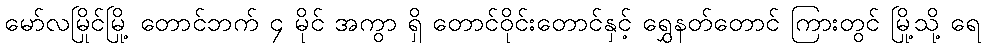
မော်လမြိုင်မြို့ တောင်ဘက် ၄ မိုင် အကွာ ရှိ တောင်ဝိုင်းတောင်နှင့် ရွှေနတ်တောင် ကြားတွင် မြို့သို့ ရေ